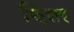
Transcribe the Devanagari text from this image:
फ़िलर